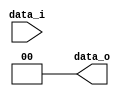
// 0416025 0416081
//Subject:      CO project 2 - Shift_Left_Two_32
//--------------------------------------------------------------------------------
//Version:     1
//--------------------------------------------------------------------------------
//Description: 
//--------------------------------------------------------------------------------

module Shift_Left_Two(
    data_i,
    data_o
    );

parameter size = 0;	

//I/O ports                    
input [size-1:0] data_i;
output [size-1:0] data_o;

//shift left 2
assign data_o = data_i << 2;
     
endmodule